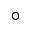
^ { \circ }